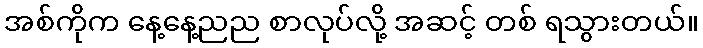
အစ်ကိုက နေ့နေ့ညည စာလုပ်လို့ အဆင့် တစ် ရသွားတယ်။